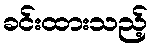
ခင်းထားသည့်